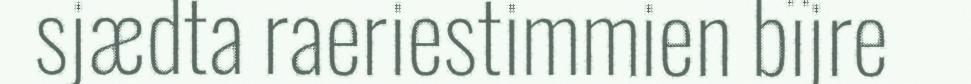
sjædta raeriestimmien bïjre